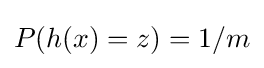
P(h(x)=z)=1/m